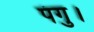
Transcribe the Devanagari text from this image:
पंगु।